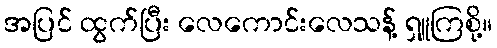
အပြင် ထွက်ပြီး လေကောင်းလေသန့် ရှူကြစို့။